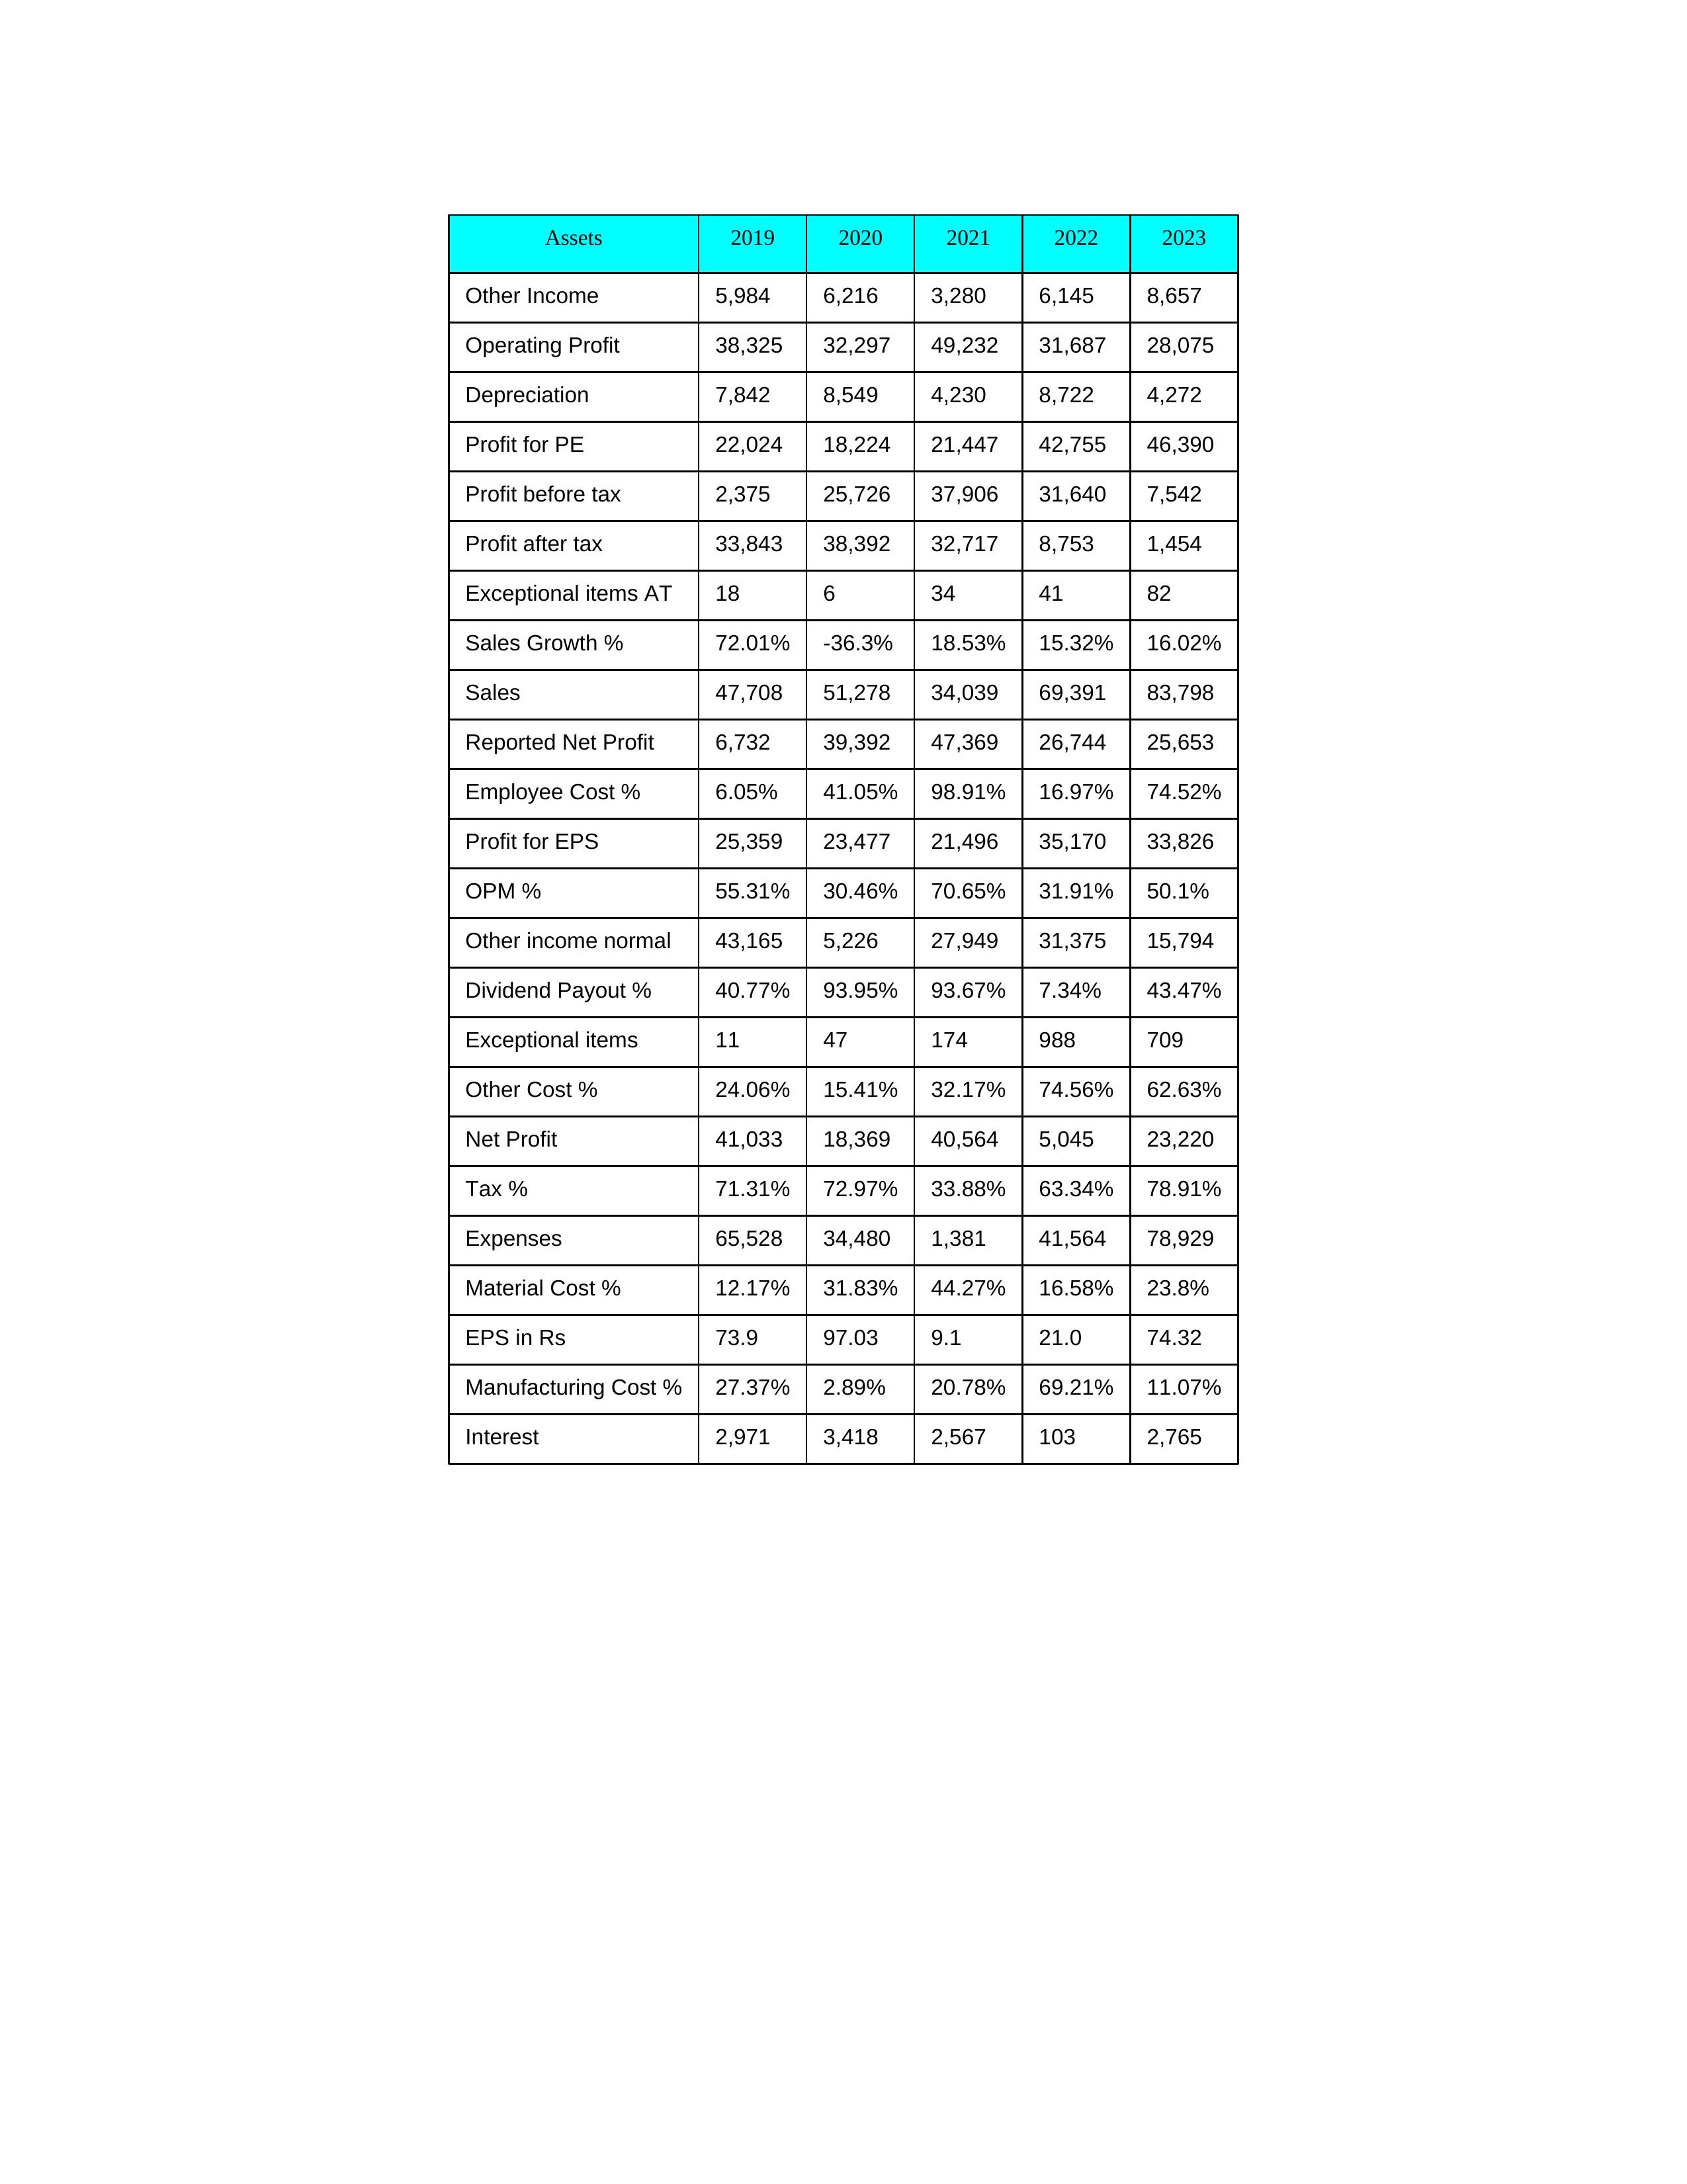
gt_parse: 2019: Sales: 47,708
Sales Growth %: 72.01%
Expenses: 65,528
Material Cost %: 12.17%
Manufacturing Cost %: 27.37%
Employee Cost %: 6.05%
Other Cost %: 24.06%
Operating Profit: 38,325
OPM %: 55.31%
Other Income: 5,984
Exceptional items: 11
Other income normal: 43,165
Interest: 2,971
Depreciation: 7,842
Profit before tax: 2,375
Tax %: 71.31%
Net Profit: 41,033
Profit after tax: 33,843
Reported Net Profit: 6,732
Profit for EPS: 25,359
Exceptional items AT: 18
Profit for PE: 22,024
EPS in Rs: 73.9
Dividend Payout %: 40.77%
2020: Sales: 51,278
Sales Growth %: -36.3%
Expenses: 34,480
Material Cost %: 31.83%
Manufacturing Cost %: 2.89%
Employee Cost %: 41.05%
Other Cost %: 15.41%
Operating Profit: 32,297
OPM %: 30.46%
Other Income: 6,216
Exceptional items: 47
Other income normal: 5,226
Interest: 3,418
Depreciation: 8,549
Profit before tax: 25,726
Tax %: 72.97%
Net Profit: 18,369
Profit after tax: 38,392
Reported Net Profit: 39,392
Profit for EPS: 23,477
Exceptional items AT: 6
Profit for PE: 18,224
EPS in Rs: 97.03
Dividend Payout %: 93.95%
2021: Sales: 34,039
Sales Growth %: 18.53%
Expenses: 1,381
Material Cost %: 44.27%
Manufacturing Cost %: 20.78%
Employee Cost %: 98.91%
Other Cost %: 32.17%
Operating Profit: 49,232
OPM %: 70.65%
Other Income: 3,280
Exceptional items: 174
Other income normal: 27,949
Interest: 2,567
Depreciation: 4,230
Profit before tax: 37,906
Tax %: 33.88%
Net Profit: 40,564
Profit after tax: 32,717
Reported Net Profit: 47,369
Profit for EPS: 21,496
Exceptional items AT: 34
Profit for PE: 21,447
EPS in Rs: 9.1
Dividend Payout %: 93.67%
2022: Sales: 69,391
Sales Growth %: 15.32%
Expenses: 41,564
Material Cost %: 16.58%
Manufacturing Cost %: 69.21%
Employee Cost %: 16.97%
Other Cost %: 74.56%
Operating Profit: 31,687
OPM %: 31.91%
Other Income: 6,145
Exceptional items: 988
Other income normal: 31,375
Interest: 103
Depreciation: 8,722
Profit before tax: 31,640
Tax %: 63.34%
Net Profit: 5,045
Profit after tax: 8,753
Reported Net Profit: 26,744
Profit for EPS: 35,170
Exceptional items AT: 41
Profit for PE: 42,755
EPS in Rs: 21
Dividend Payout %: 7.34%
2023: Sales: 83,798
Sales Growth %: 16.02%
Expenses: 78,929
Material Cost %: 23.8%
Manufacturing Cost %: 11.07%
Employee Cost %: 74.52%
Other Cost %: 62.63%
Operating Profit: 28,075
OPM %: 50.1%
Other Income: 8,657
Exceptional items: 709
Other income normal: 15,794
Interest: 2,765
Depreciation: 4,272
Profit before tax: 7,542
Tax %: 78.91%
Net Profit: 23,220
Profit after tax: 1,454
Reported Net Profit: 25,653
Profit for EPS: 33,826
Exceptional items AT: 82
Profit for PE: 46,390
EPS in Rs: 74.32
Dividend Payout %: 43.47%